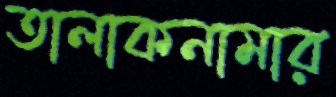
তালাকনামার